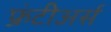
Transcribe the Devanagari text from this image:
फ्रंटीअर्स